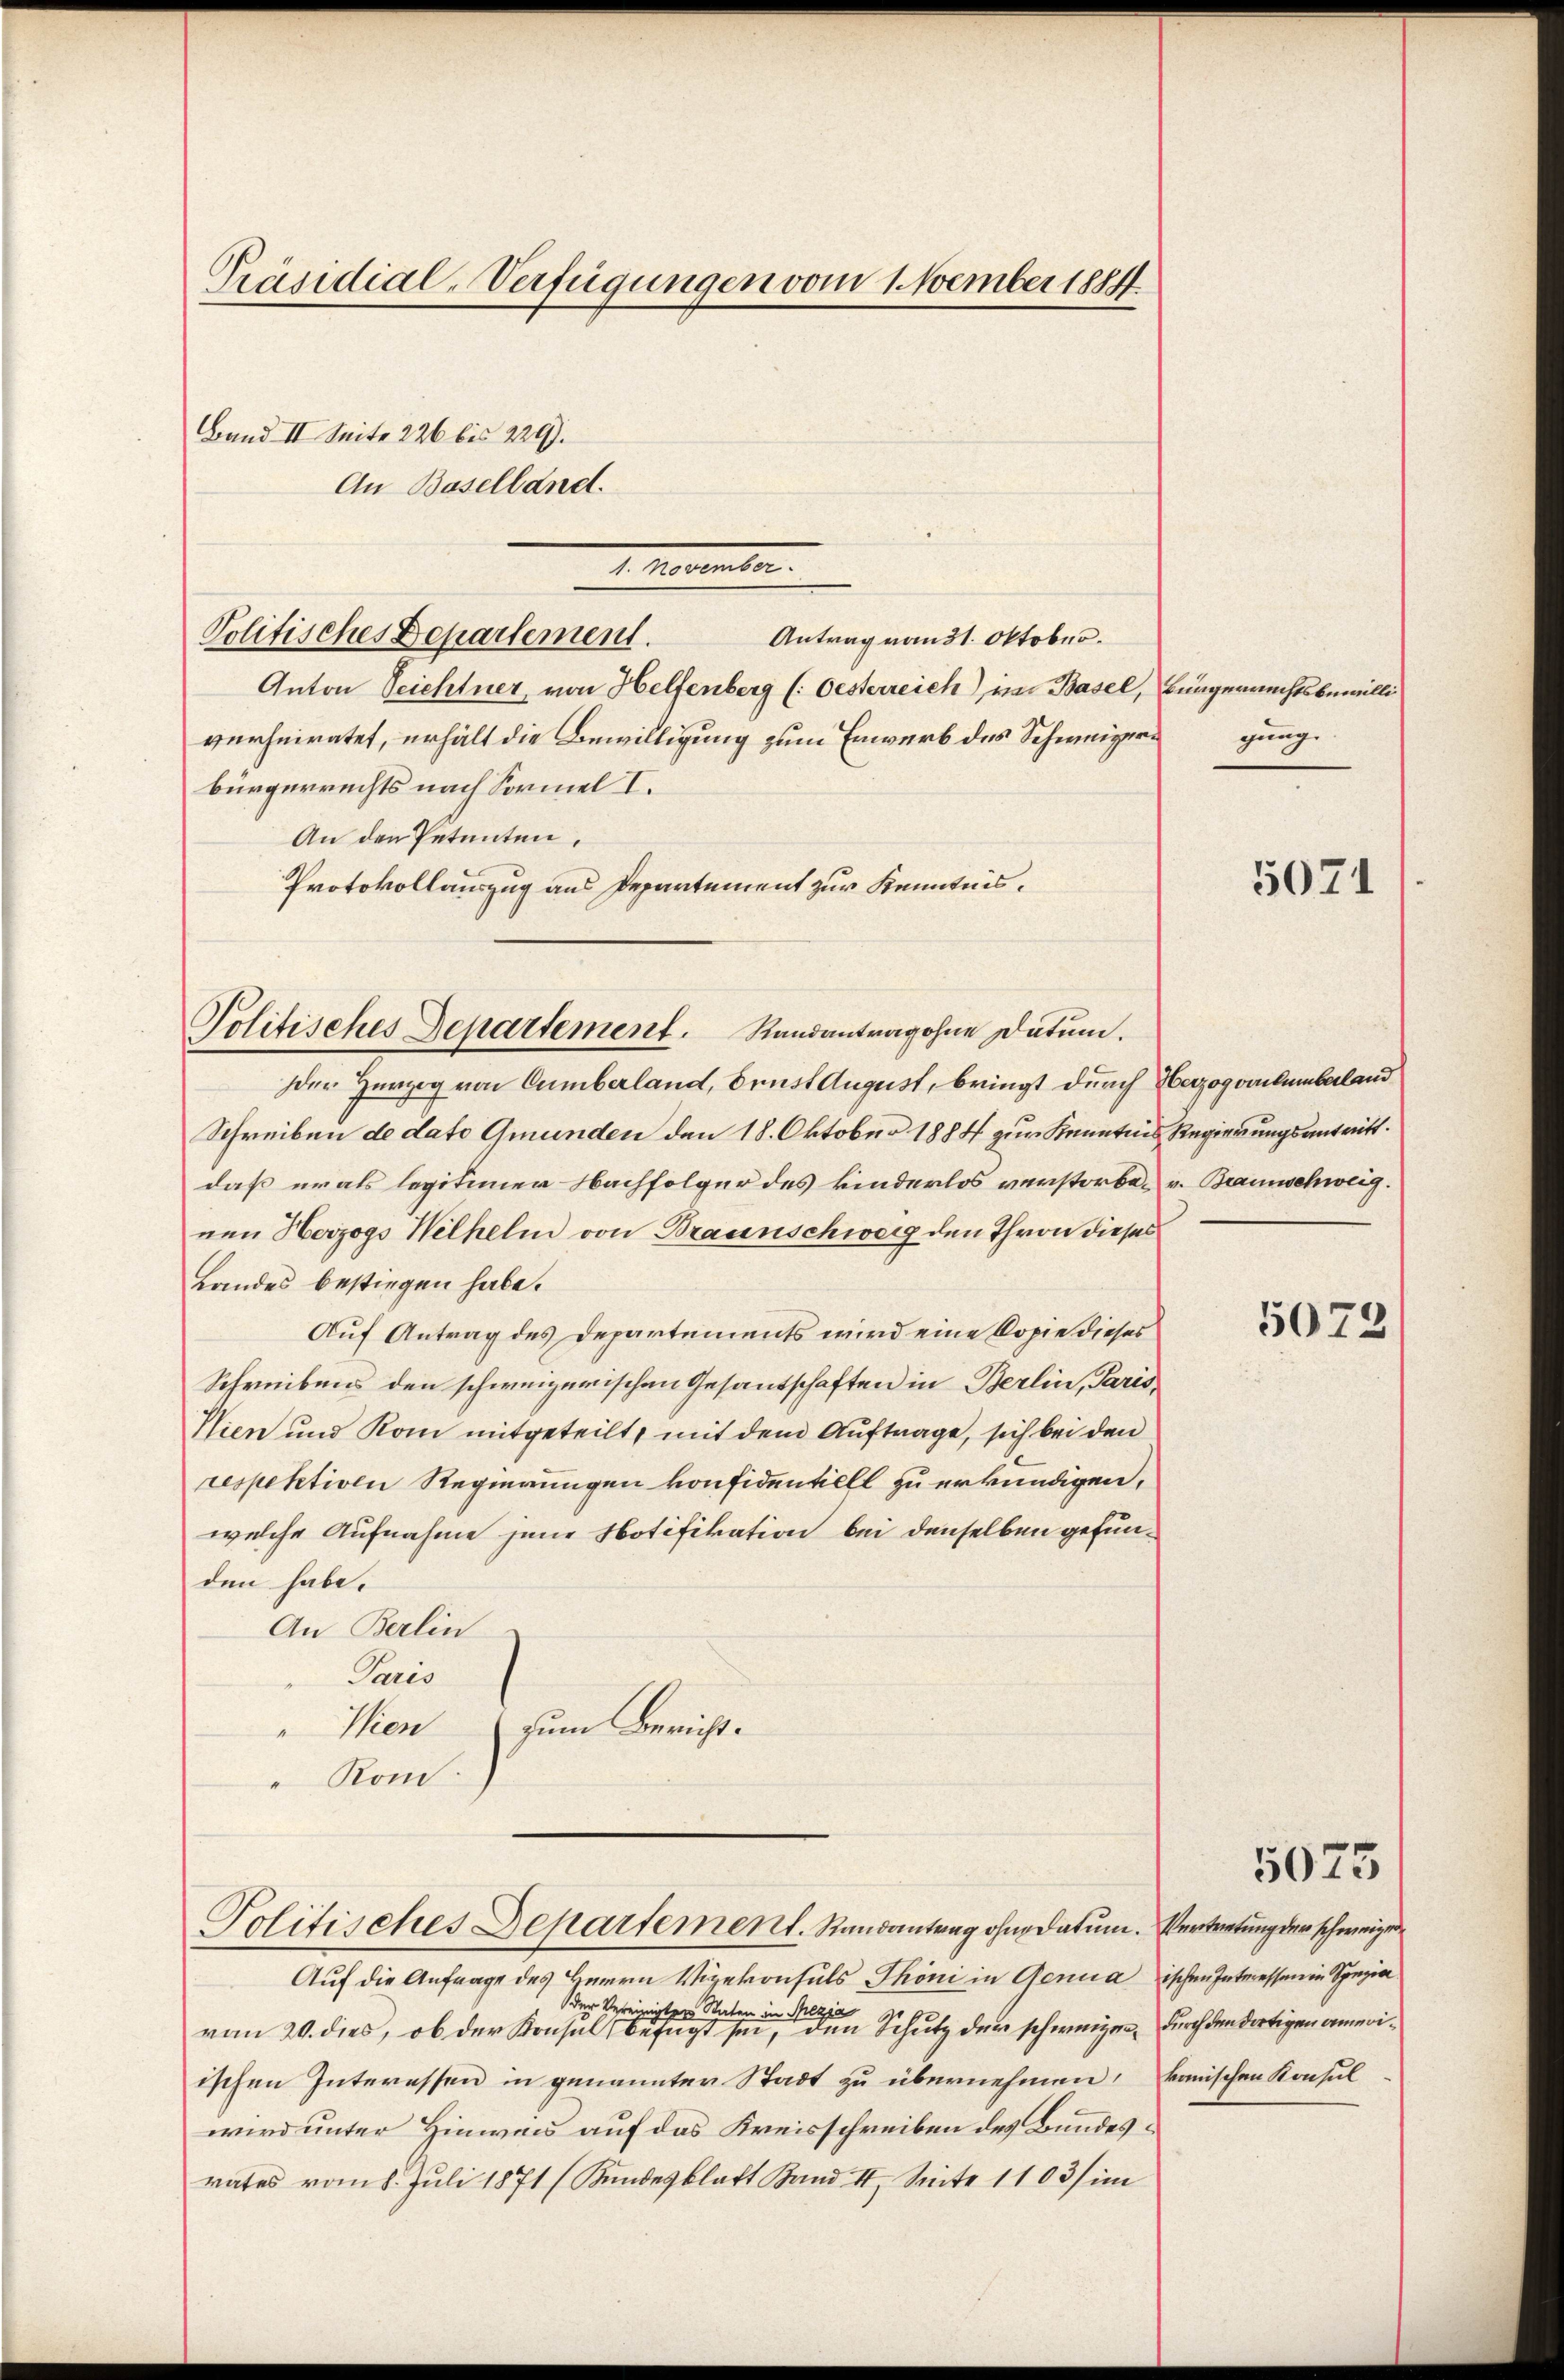
Präsidial-Verfügungen vom 1. Nember 1884.

Band II. Seite 226 bis 220).

1. Martember.
Politisches Departement.

An Baselland.
Antrag von 31. Oktober.
Anton Teichtner, von Helfenberg (: Oesterreich im Basel, Bürgerrechtsbewilliverheiratet, erhält die Bewilligung zum Erwerb des Schweizeri
bürgerrechts nach Sormel I.
An den Petenten.
Protokollauszug aus Departement zur Kenntnis.

Politisches Departement. Randantragohne Datum.

Politisches Departement. Randantrag ohne datum. Vertretung der schweizer

gung.

Der Herzog von Cumberland, Brust August, bringt durch Herzogvolumberland
Schreiben de dato Gmunden den 18. Oktober 1884 zur Kenntnis Regierungsantritt.
daß urals legitimen Nachfolger des kinderlos verstorben v. Braunschweig.
nen Herzogs Wilhelm von Braunschweig den Theon dieses
Landes bestiegen habe.
Auf Antrag des Departements wird eine Copie dieses
Schreibens den schweizerischen Gesandschaften in Berlin, Paris
Nien und Kom mitgeteilt, mit dem Auftrage, sich bei den
respektive Regierungen konfidentiell zu erkundigen,
welche Aufnahme jene Notifikation bei denselben gefunden habe.
An Berlin
Paris
zum Bericht.
Wien
Kond.

Auf die Anfrage des Herrn Vizekonsuls Thöni in Genuaischen Interessen in Spezia
der Vereinige
aja
 Staten in d
von 20. dies, ob der Konsul befügt sei, den Schutz der schweizen, durch den dortigen ameriischen Interessen in genannter Stadt zu übernehmen, kanischen Konsul
wird unter Hinweid auf das Kreisschreiben des Bundesrates vom 8. Juli 1871 (Bundesblatt Band II. Seite 1103) im

5071

5073)

5075